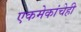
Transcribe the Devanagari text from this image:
एकमेकांचेही